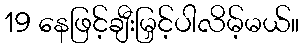
19 နေဖြင့်ချီးမြှင့်ပါလိမ့်မယ်။